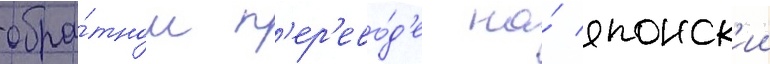
обра́тном п'ер'ево́д'е на́ японск'ии